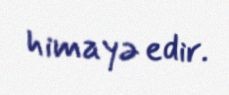
himayə edir.